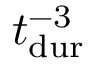
\ensuremath { t _ { \mathrm { d u r } } } ^ { - 3 }